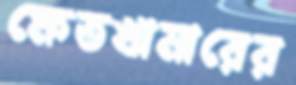
ক্ষেতখামারের